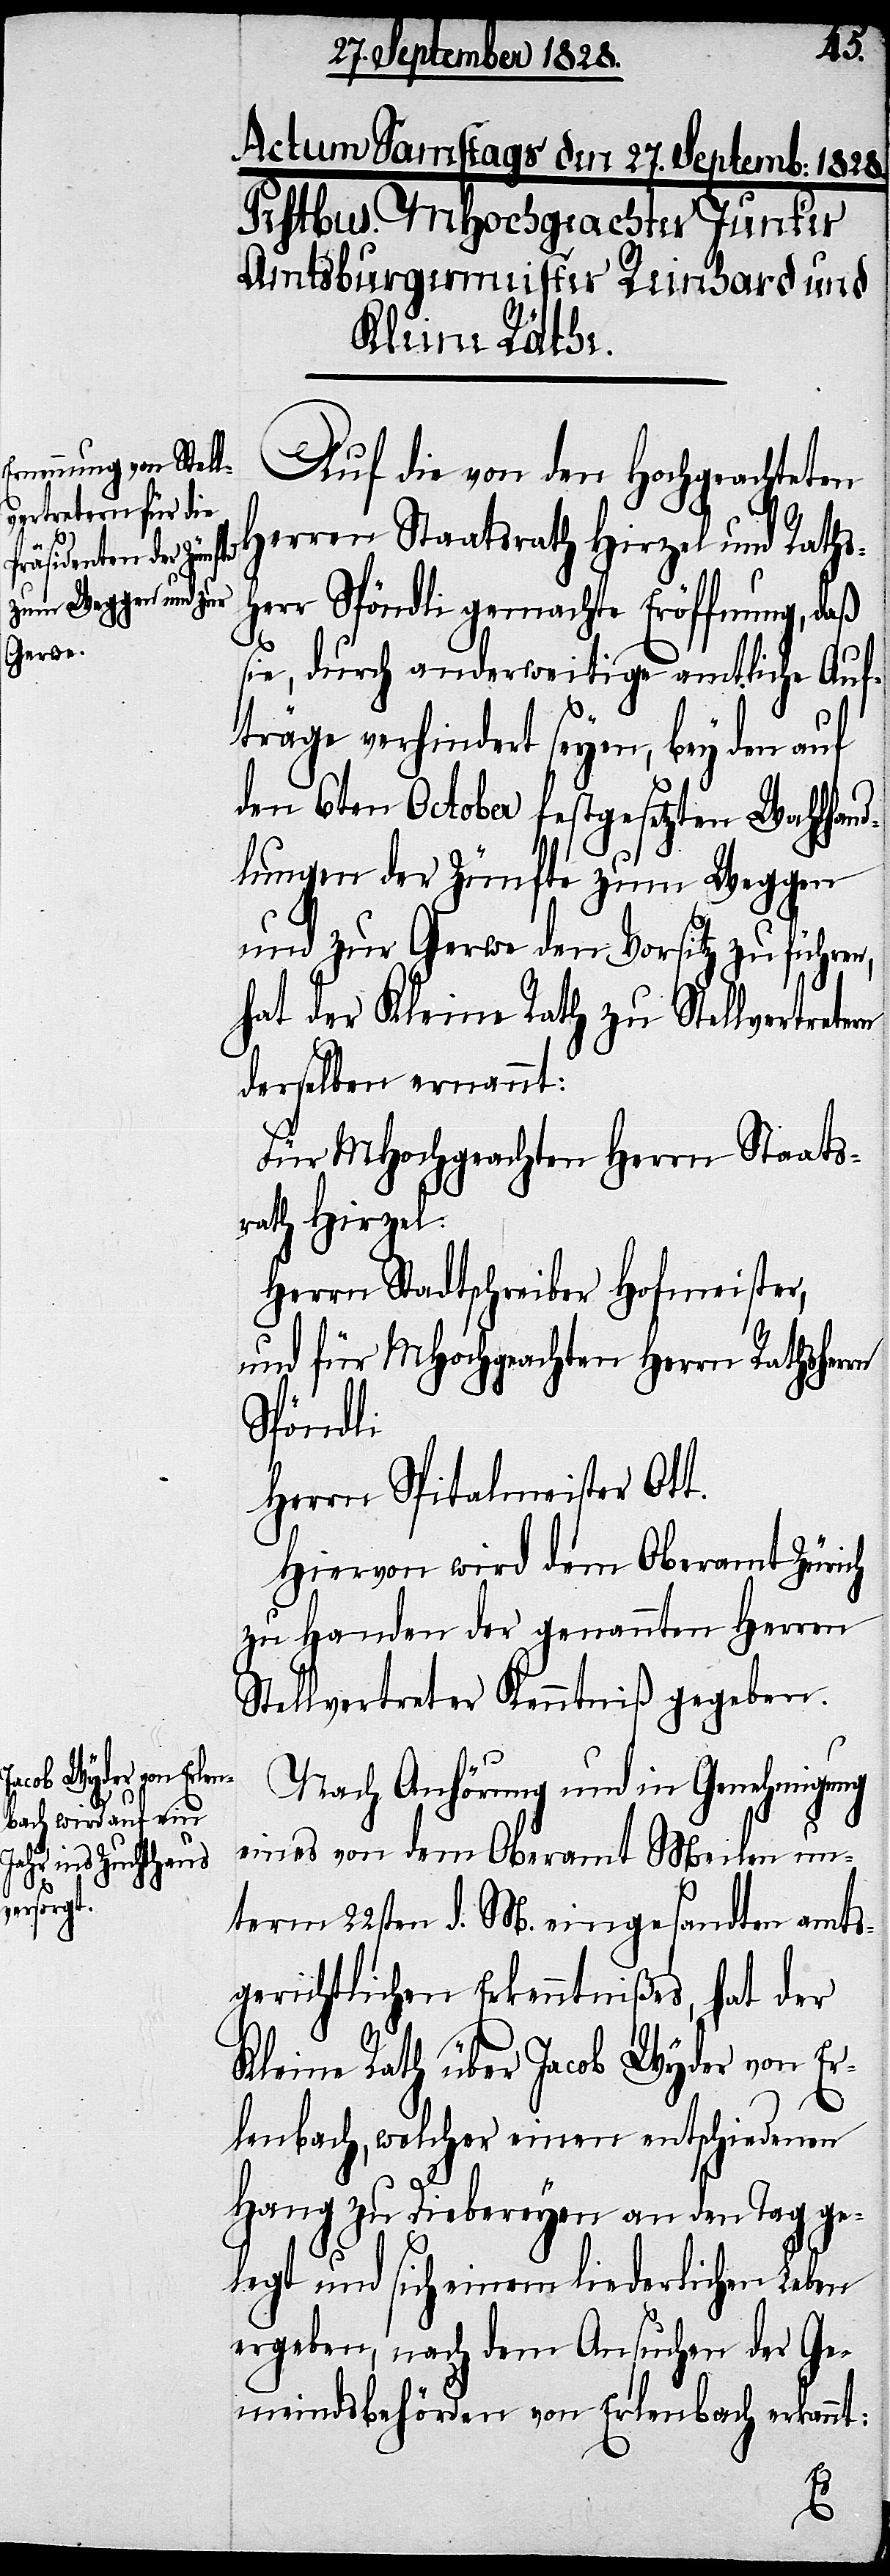
Auf die von den Hochgeachteten
Herren Staatsrath Hirzel und Raths¬
herr Spöndli gemachte Eröffnung, daß
sie, durch anderweitige amtliche Auf¬
träge verhindert seyen, bey den auf
den 6ten October festgesetzten Wahlhand¬
lungen der Zünfte zum Weggen
und zur Gerwe den Vorsitz zu führen,
hat der Kleine Rath zu Stellvertretern
derselben ernannt:
Für MHochgeachten Herrn Staats¬
rath Hirzel:
Herrn Stadtschreiber Hofmeister,
und für MHochgeachten Herrn Rathsher¬
Spöndli:
Herrn Spitalmeister Ott.
Hiervon wird dem Oberamt Zürich
zu Handen der genannten Herren
Stellvertreter Kenntniß gegeben.
rn
Nach Anhörung und in Genehmigung
eines von dem Oberamt Meilen un¬
term 22sten d. M. eingesandten amts¬
gerichtlichen Erkenntnißes, hat der
Kleine Rath über Jacob Wyder von Er¬
lenbach, welcher einen entschiedenen
Hang zu Diebereyen an den Tag ge¬
legt und sich einem liederlichen Leben
ergeben, nach dem Ansuchen der Ge¬
meindsbehörden von Erlenbach erkannt: